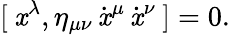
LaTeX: [\: \mathit{x}^{\lambda},\eta_{\mu\nu}\, \dot{{\mathit{x}}}^{\mu}\, \dot{{\mathit{x}}}^{\nu}\: ]=0.